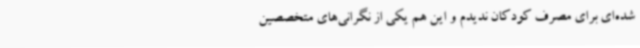
شده‌ای برای مصرف کودکان ندیدم و این هم یکی از نگرانی‌های متخصصین